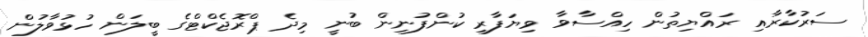
ސަރުކާރާއި ރައްޔިތުން ހިއްސާވާ ވިޔަފާރި ކުންފުނިން ބުނީ މިދެ ޕްރޮޖެކްޓްގެ ބީލަން ހުޅުވާލުން